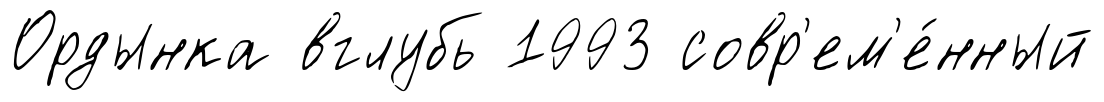
Ордынка вглубь 1993 совр'ем'е́нный